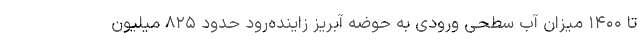
تا ۱۴۰۰ میزان آب سطحی ورودی به حوضه آبریز زاینده‌رود حدود ۸۲۵ میلیون